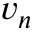
v _ { n }